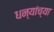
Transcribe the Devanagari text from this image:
धन्यांच्या